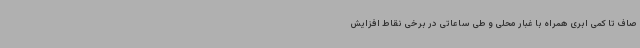
صاف تا کمی ابری همراه با غبار محلی و طی ساعاتی در برخی نقاط افزایش